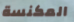
المكنسة